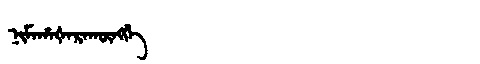
Manchu: ᠨᡳᠮᠠᡥᠠᡧᠠᡵᠠᡴᡡᠩᡤᡝ
Romanization: NIMAHAŠARAKŪNGGE